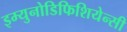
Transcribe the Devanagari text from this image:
इम्युनोडिफिशियेन्सी